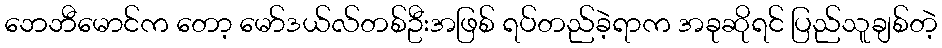
ဘေဘီမောင်က တော့ မော်ဒယ်လ်တစ်ဦးအဖြစ် ရပ်တည်ခဲ့ရာက အခုဆိုရင် ပြည်သူချစ်တဲ့